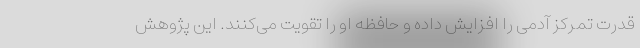
قدرت تمرکز آدمی را افزایش داده و حافظه او را تقویت می‌کنند. این پژوهش